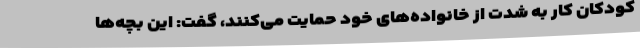
کودکان کار به شدت از خانواده‌های خود حمایت می‌کنند، گفت: این بچه‌ها